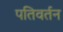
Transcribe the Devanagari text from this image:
पतिवर्तन